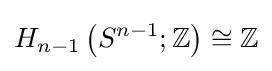
H_{n-1}\left(S^{n-1};\mathbb {Z} \right)\cong \mathbb {Z}